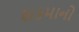
શકમાનો